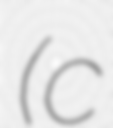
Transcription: (c